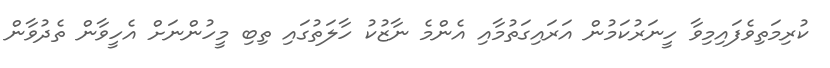
ކުރިމަތިވެފައިމިވާ ހީނަރުކަމުން އަރައިގަތުމާއި އެންމެ ނާޒުކު ހާލަތުގައި ތިބި މީހުންނަށް އެހީވާން ތެދުވާން